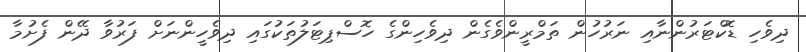
ދިވެހި ޑޮކްޓަރުންނާއި ނަރުހުން ތަމްރީންވެގެން ދިވެހިންގެ ހޮސްޕިޓަލުތަކުގައި ދިވެހީންނަށް ފަރުވާ ދޭން ފެށުމާ